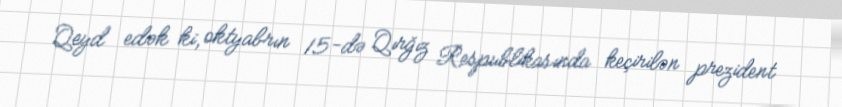
Qeyd edək ki, oktyabrın 15-də Qırğız Respublikasında keçirilən prezident